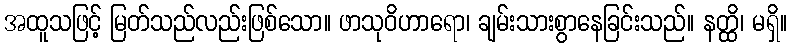
အထူသဖြင့် မြတ်သည်လည်းဖြစ်သော။ ဖာသုဝိဟာရော၊ ချမ်းသားစွာနေခြင်းသည်။ နတ္ထိ၊ မရှိ။